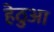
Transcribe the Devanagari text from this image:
हेठुआ